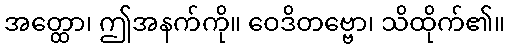
အတ္ထော၊ ဤအနက်ကို။ ဝေဒိတဗ္ဗော၊ သိထိုက်၏။